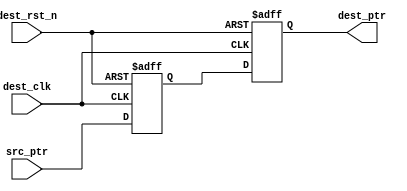
// distributed under the mit license
// https://opensource.org/licenses/mit-license.php

`timescale 1 ns / 1 ps
`default_nettype none

module sync_ptr

    #(
    parameter ASIZE = 4
    )(
    input  wire              dest_clk,
    input  wire              dest_rst_n,
    input  wire [ASIZE:0] src_ptr,
    output reg  [ASIZE:0] dest_ptr
    );

    reg [ASIZE:0] ptr_x;

    always @(posedge dest_clk or negedge dest_rst_n) begin

        if (!dest_rst_n)
            {dest_ptr,ptr_x} <= 0;
        else
            {dest_ptr,ptr_x} <= {ptr_x,src_ptr};
    end

endmodule

`resetall